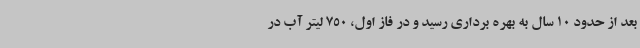
بعد از حدود 10 سال به بهره برداری رسید و در فاز اول، 750 لیتر آب در